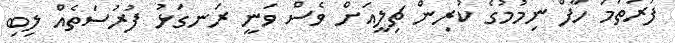
ފުރަތަމަ ހާފް ނިމުމުގެ ކުރިން ޗިލީއަށް ވެސް ވަނީ ރަނގަޅު ފުރުސަތެއް ލިބި